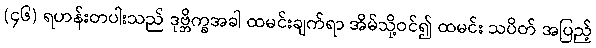
(၄၆) ရဟန်းတပါးသည် ဒုဗ္ဘိက္ခအခါ ထမင်းချက်ရာ အိမ်သို့ဝင်၍ ထမင်း သပိတ် အပြည့်